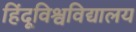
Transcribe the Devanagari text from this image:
हिंदूविश्वविद्यालय